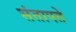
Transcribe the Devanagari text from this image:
संतापते